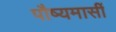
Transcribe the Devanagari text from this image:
पौष्यमासीं